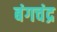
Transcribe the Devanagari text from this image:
बंगचंद्र